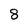
Character: 8